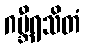
ဂမ္ဘီရသိတံ